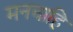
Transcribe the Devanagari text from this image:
मनचाहि